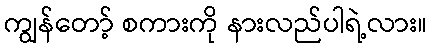
ကျွန်တော့် စကားကို နားလည်ပါရဲ့လား။